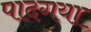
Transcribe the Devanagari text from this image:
पादगया